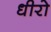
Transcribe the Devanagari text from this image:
धीरो